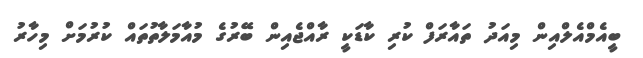
ބީއެމްއެލްއިން މިއަދު ތައާރަފް ކުރި ކާޑަކީ ރާއްޖެއިން ބޭރުގެ މުއާމަލާތުތައް ކުރުމަށް މިހާރު